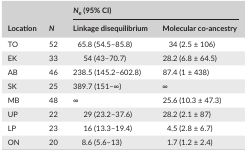
| <ROWSPAN=2> Location | <ROWSPAN=2> N | <COLSPAN=2> Ne (95% CI) |
 | Linkage disequilibrium | Molecular co‐ancestry |
 | --- | --- | --- | --- |
 | TO | 52 | 65.8 (54.5–85.8) | 34 (2.5 ± 106) |
 | EK | 33 | 54 (43–70.7) | 28.2 (6.8 ± 64.5) |
 | AB | 46 | 238.5 (145.2–602.8) | 87.4 (1 ± 438) |
 | SK | 25 | 389.7 (151–∞) | ∞ |
 | MB | 48 | ∞ | 25.6 (10.3 ± 47.3) |
 | UP | 22 | 29 (23.2–37.6) | 28.2 (2.1 ± 87) |
 | LP | 23 | 16 (13.3–19.4) | 4.5 (2.8 ± 6.7) |
 | ON | 20 | 8.6 (5.6–13) | 1.7 (1.2 ± 2.4) |